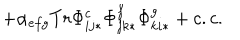
+ \alpha _ { e f g } T r \Phi _ { i j * } ^ { c } \Phi _ { j k * } ^ { f } \Phi _ { k i * } ^ { g } + c . c .